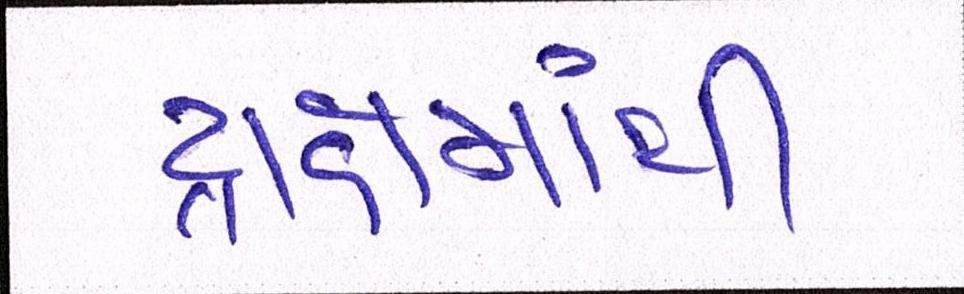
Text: દ્રાક્ષમાંથી